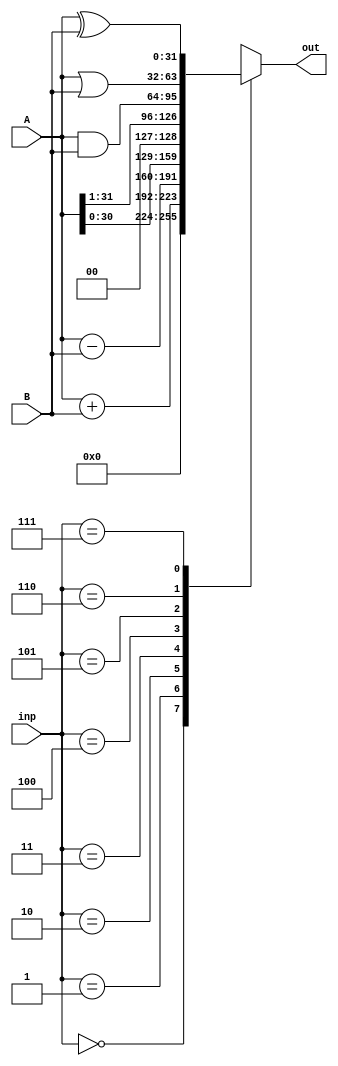
`timescale 1ns / 1ps
//////////////////////////////////////////////////////////////////////////////////
// Company: 
// Engineer: 
// 
// Design Name: 
// Module Name: ALU
// Project Name: 
// Target Devices: 
// Tool Versions: 
// Description: 
// 
// Dependencies: 
// 
// Revision:
// Revision 0.01 - File Created
// Additional Comments:
// 
//////////////////////////////////////////////////////////////////////////////////


module ALU(
input [31:0] A,B,
input [2:0] inp,
output reg [31:0] out

    );
    
 
always @(A,B,inp)
    begin
        case(inp)
            
            3'b000: out= 0;
            
            3'b001: out = A+B;
            
            3'b010: out= A - B;
          
            3'b011: out = A << 1;
          
            3'b100: out = A>> 1;

            3'b101: out = A & B;
      
            3'b110: out = A | B;
       
            3'b111: out = A^B;
        endcase
    end
endmodule